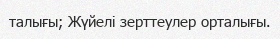
талығы; Жүйелі зерттеулер орталығы.